Report on sanitation, dispensaries, and jails in Rajputana for 1912, and on vaccination for the year 1912-1913 - 1912-1913
Year: 1912
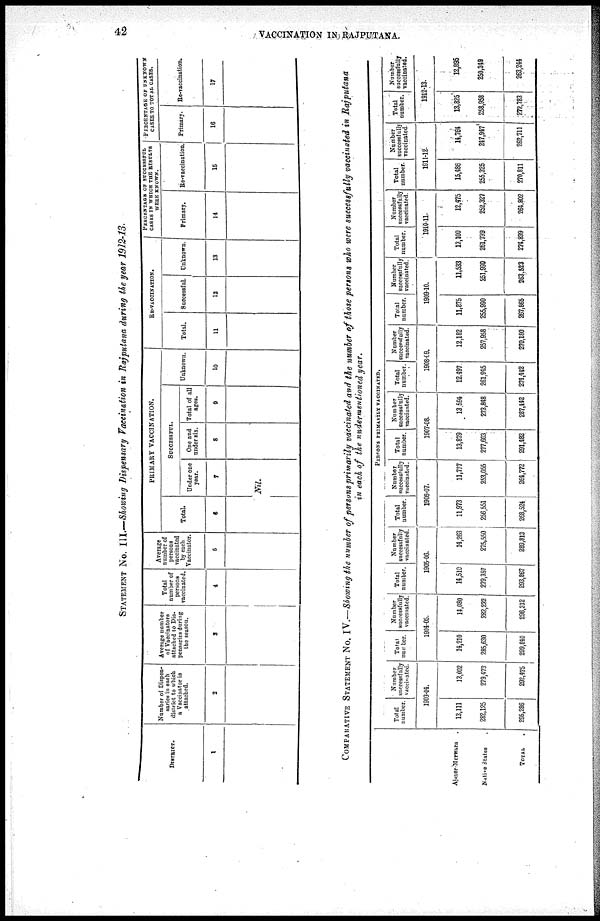
42
VACCINATION IN RAJPUTANA.
STATEMENT No. III.—Showing Dispensary Vaccination in Rajputana during the year 1912-13.
DISTRICT.
1
Number of Dispen-
saries in each
district to which
a Vaccinator is
attached.
2
Average number
of Vaccinators
attached to Dis¬
pensaries during
the season.
3
Total
number of
persons
vaccinated.
4
Average
number of
persons
vaccinated
by each
Vaccinator.
5
PRIMARY VACCINATION.
Total.
6
SUCCESSFUL.
Under one
year.
7
Nil.
One and
under six.
8
Total of all
ages.
9
Unknown.
10
RE-VACCINATION.
Total.
11
Successful
12
Unknown.
13
PERCENTAGE OF SUCCESSFUL
CASES IN WHICH THE RESULTS
WERE KNOWN.
Primary.
14
Re-vaccination.
15
PERCENTAGE OF UNKNOWN
CASES TO TOTAL CASES.
Primary.
16
Re-vaccination.
17
COMPARATIVE STATEMENT No. IV.—Showing the number of persons primarily vaccinated and the number of those persons who were successfully vaccinated in Rajputana
in each of the undermentioned year.
Ajmer-Merwara .
Native States .
TOTAL .
PERSONS PRIMARILY VACCINATED.
Total
number.
Number
successfully
vaccinated.
1903-04.
13,111
282,125
295,286
13,002
279,473
292,475
Total
number.
Number
successfully
vaccinated.
1904-05.
14,210
285,630
299,840
14,080
282,232
296,312
Total
number.
Number
successfully
vaccinated.
1905-06.
14,510
279,357
293,867
14,263
275,550
289,813
Total
number.
Number
successfully
vaccinated.
1906-07.
11,973
256,551
268,524
11,717
253,055
264,772
Total
number.
Number
successfully
vaccinated.
1907-08.
13,879
277,603
291,482
13,594
273,848
287,442
Total
number.
Number
successfully
vaccinated.
1908-09.
12,497
261,945
274,442
12,182
257,958
270,180
Total
number.
Number
successfully
vaccinated.
1909-10.
11,375
255,990
267,865
11,533
251,990
263,523
Total
number.
Number
successfully
vaccinated.
1910-11.
13,100
261,739
274,839
12,475
252,327
264,802
Total
number.
Number
successfully
vaccinated.
1911-12.
15,486
255,325
270,811
14,764
247,947
262,711
Total
number.
Number
successfully
vaccinated.
1912-13.
13,825
258,958
272,783
12,895
250,349
263,244